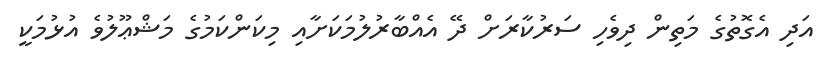
އަދި އެގޮތުގެ މަތިން ދިވެހި ސަރުކާރަށް ދޭ އެއްބާރުލުމަކަށާއި މިކަންކަމުގެ މަޝްޢޫލުވެ އުޅުމަކީ